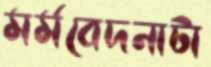
মর্মবেদনাটা